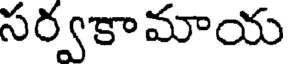
సర్వకామాయ